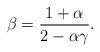
LaTeX: \begin{align*}\beta=\frac{1+\alpha}{2-\alpha\gamma}.\end{align*}